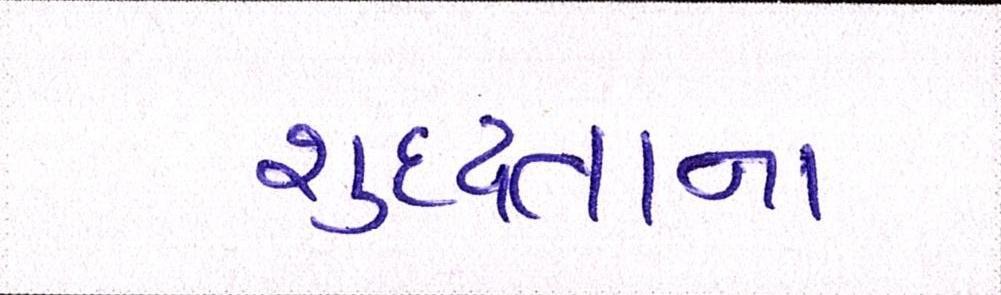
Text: શુદ્ધતાના